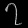
Digit: ၇